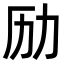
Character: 𠠿